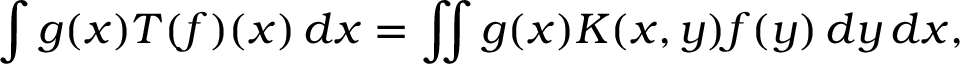
\int g ( x ) T ( f ) ( x ) \, d x = \iint g ( x ) K ( x , y ) f ( y ) \, d y \, d x ,